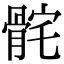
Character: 䯔